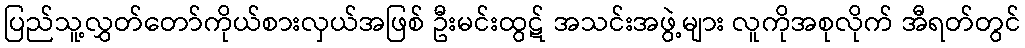
ပြည်သူ့လွှတ်တော်ကိုယ်စားလှယ်အဖြစ် ဦးမင်းထွဋ် အသင်းအဖွဲ့များ လူကိုအစုလိုက် အီရတ်တွင်